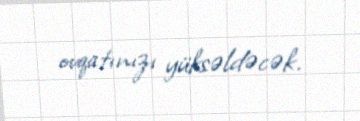
ovqatınızı yüksəldəcək.